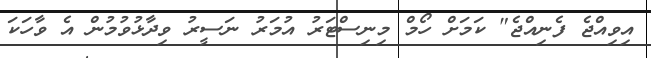
އިވިއްޖެ ފެނިއްޖެ" ކަމަށް ހޯމް މިނިސްޓަރު އުމަރު ނަސީރު ވިދާޅުވުމުން އެ ވާހަކަ